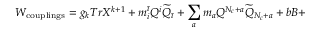
W _ { \mathrm { c o u p l i n g s } } = g _ { k } T r X ^ { k + 1 } + m _ { i } ^ { \bar { \imath } } Q ^ { i } \widetilde { Q } _ { \bar { \imath } } + \sum _ { a } m _ { a } Q ^ { N _ { c } + a } \widetilde { Q } _ { N _ { c } + a } + b B +